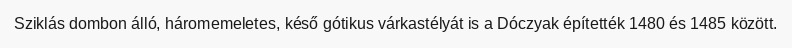
Sziklás dombon álló, háromemeletes, késő gótikus várkastélyát is a Dóczyak építették 1480 és 1485 között.